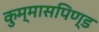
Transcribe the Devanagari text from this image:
कुम्मासपिण्ड